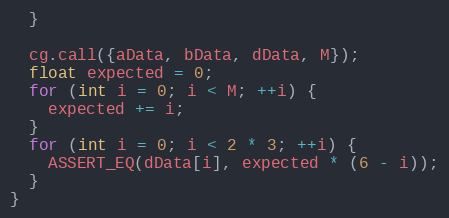
Language: C++
  }

  cg.call({aData, bData, dData, M});
  float expected = 0;
  for (int i = 0; i < M; ++i) {
    expected += i;
  }
  for (int i = 0; i < 2 * 3; ++i) {
    ASSERT_EQ(dData[i], expected * (6 - i));
  }
}